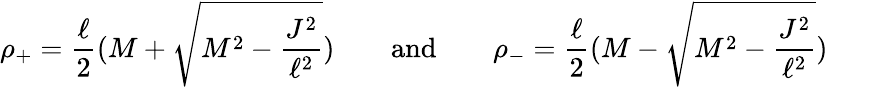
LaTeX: \rho_{+}=\frac\ell 2(M+\sqrt{M^{2}-\frac{J^{2}}{\ell^{2}}})\qquad\mathrm{and}\qquad\rho_{-}=\frac\ell 2(M-\sqrt{M^{2}-\frac{J^{2}}{\ell^{2}}})\qquad